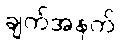
ချက်အနက်